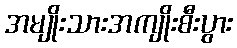
အမျိုးသားအကျိုးစီးပွား